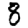
Digit: 8